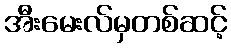
အီးမေးလ်မှတစ်ဆင့်